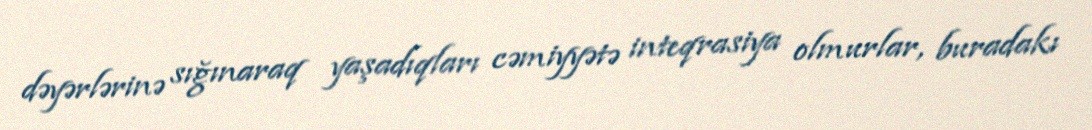
dəyərlərinə sığınaraq yaşadıqları cəmiyyətə inteqrasiya olmurlar, buradakı